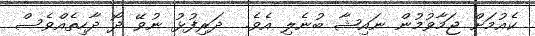
ކެއުމަށް ޖަމާވުމުން ނައިޝާ ބުނެލި އެވެ.  ދަރިފުޅު ނުވޭ ދޯ ދާހިތެއްވެސް